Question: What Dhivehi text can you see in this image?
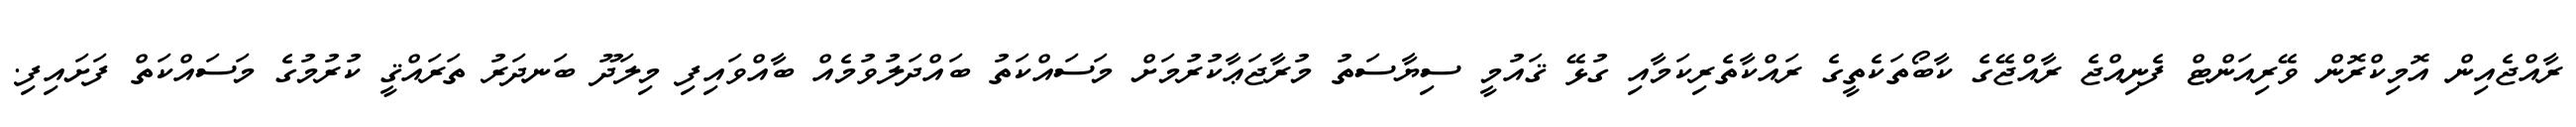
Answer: ރާއްޖެއިން އޮމިކްރޮން ވޭރިއަންޓް ފެނިއްޖެ ރާއްޖޭގެ ކާބޯތަކެތީގެ ރައްކާތެރިކަމާއި ގުޅޭ ޤައުމީ ސިޔާސަތު މުރާޖަޢާކުރުމަށް މަސައްކަތު ބައްދަލުވުމެއް ބާއްވައިފި މިލަދޫ ބަނދަރު ތަރައްޤީ ކުރުމުގެ މަސައްކަތް ފަށައިފި.